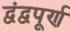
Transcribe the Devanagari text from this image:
द्वंद्वपूर्ण